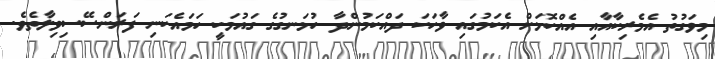
މިވަގުތު އެމެރިކާއާއި އެއްކޮޅަށް އެކަމުގައި ވާހަކަ ދައްކަމުންދާ ހުޅަނގުގެ ގައުމަކީ ހަމައެކަނި ފަރަންސޭސިވިލާތެވެ.